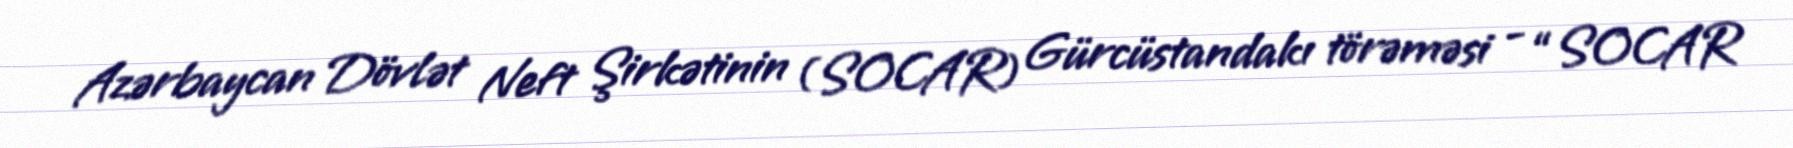
Azərbaycan Dövlət Neft Şirkətinin (SOCAR) Gürcüstandakı törəməsi - “SOCAR